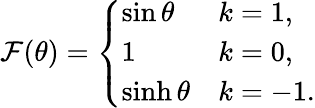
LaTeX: \mathcal{F}(\theta)=\left\{ \begin{array}{ll}{{\sin\theta}}&{{k=1,}}\\ {{1}}&{{k=0,}}\\ {{\sinh\theta}}&{{k=-1.}}\end{array}\right.